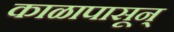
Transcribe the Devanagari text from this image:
काळापासून्